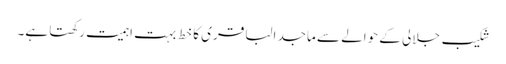
شکیب جلالی کے حوالے سے ماجد الباقری کا خط بہت اہمیت رکھتا ہے۔